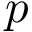
p